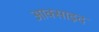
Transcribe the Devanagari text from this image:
आक्साइद